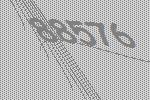
88576